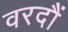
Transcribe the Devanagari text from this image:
वरदौं